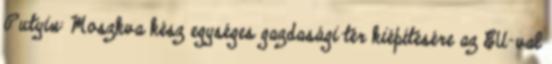
Putyin: Moszkva kész egységes gazdasági tér kiépítésére az EU-val